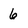
Character: 6